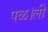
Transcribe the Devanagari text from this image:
पळ।ली